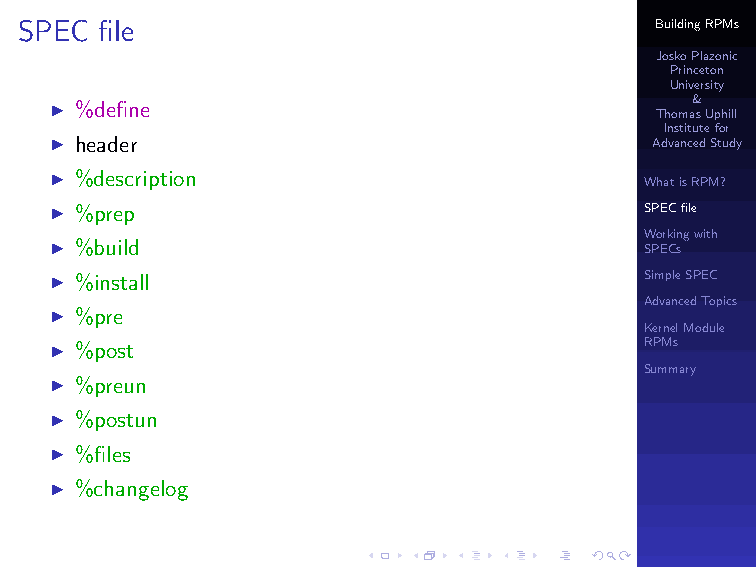
SPEC  file                                BuildingRPMs
 JoskoPlazonic
 Princeton
 University
 I %define                                  &
 ThomasUphill
 Institutefor
 I header                                AdvancedStudy
 I %description
 WhatisRPM?
 I %prep                                 SPECfile
 Workingwith
 I %build                                SPECs
 I %install                              SimpleSPEC
 AdvancedTopics
 I %pre
 KernelModule
 I %post                                 RPMs
 Summary
 I %preun
 I %postun
 I %files
 I %changelog